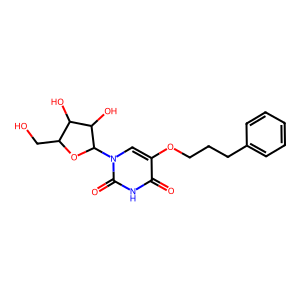
SMILES: O=c1[nH]c(=O)n(C2OC(CO)C(O)C2O)cc1OCCCc1ccccc1
Inhibits HIV replication: No